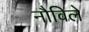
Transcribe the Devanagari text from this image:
नौविले